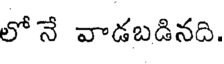
లో నే వాడబడినది.